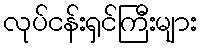
လုပ်ငန်းရှင်ကြီးများ